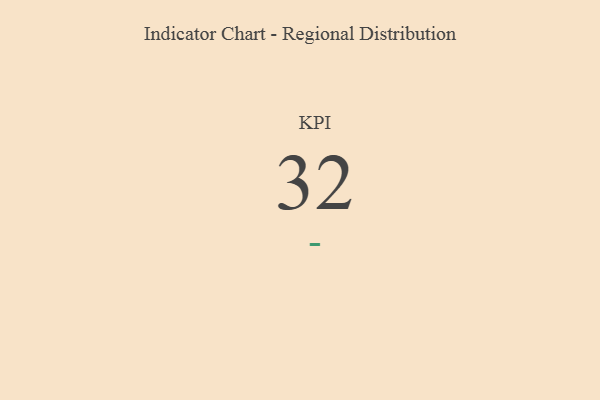
{"axis": {"x": "KPI", "y": "Value"}, "legend": [""], "data": [{"x": "KPI", "y": 32, "type": ""}]}